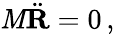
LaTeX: \mathit{M}{\ddot{{\mathbf{{R}}}}}=0\, ,